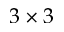
3 \times 3